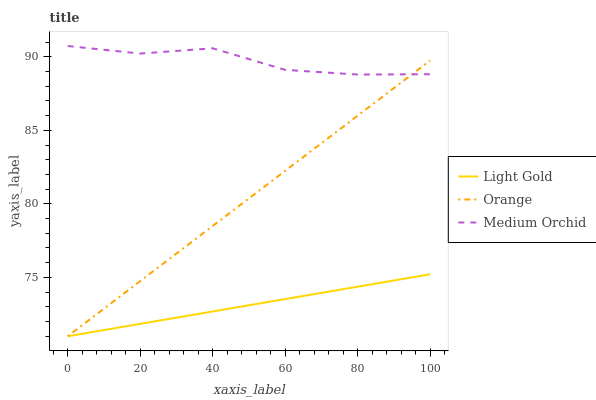
| xaxis_label | Light Gold | Orange | Medium Orchid |
 | --- | --- | --- | --- |
 | 0 | 71 | 71 | 90.7 |
 | 20 | 71.8 | 74.7 | 90.2 |
 | 40 | 72.7 | 78.5 | 90.6 |
 | 60 | 73.5 | 82.2 | 89.1 |
 | 80 | 74.4 | 86 | 88.8 |
 | 100 | 75.2 | 89.7 | 88.8 |